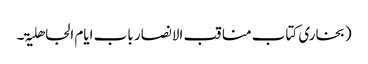
(بخاری کتاب مناقب الانصار باب ایام الجاھلیۃ۔